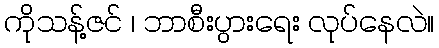
ကိုသန့်ဇင် ၊ ဘာစီးပွားရေး လုပ်နေလဲ။